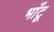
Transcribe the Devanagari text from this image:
भाँटू